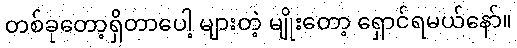
တစ်ခုတော့ရှိတာပေါ့ များတဲ့ မျိုးတော့ ရှောင်ရမယ်နော်။